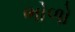
ભોળો